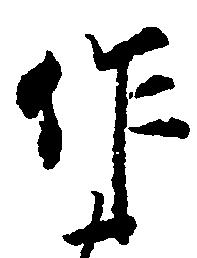
作